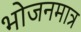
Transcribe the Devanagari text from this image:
भोजनमात्र